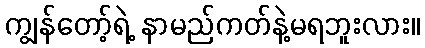
ကျွန်တော့်ရဲ့ နာမည်ကတ်နဲ့မရဘူးလား။